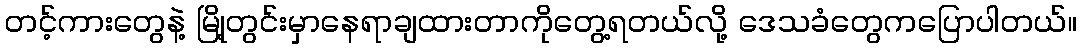
တင့်ကားတွေနဲ့ မြို့တွင်းမှာနေရာချထားတာကိုတွေ့ရတယ်လို့ ဒေသခံတွေကပြောပါတယ်။